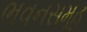
ભવનસમૂહ